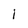
Character: I